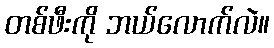
တစ်ဖီးကို ဘယ်လောက်လဲ။